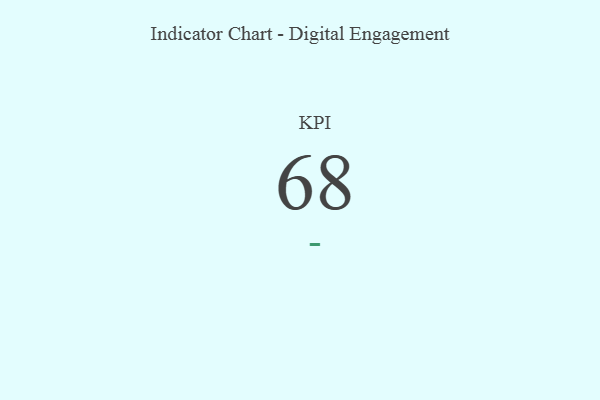
{"axis": {"x": "KPI", "y": "Value"}, "legend": [""], "data": [{"x": "KPI", "y": 68, "type": ""}]}